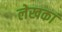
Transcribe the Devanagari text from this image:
लेखकां